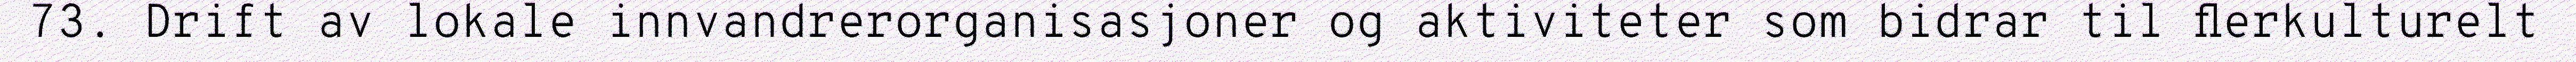
73. Drift av lokale innvandrerorganisasjoner og aktiviteter som bidrar til flerkulturelt